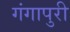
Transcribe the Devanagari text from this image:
गंगापुरी